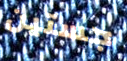
جستين